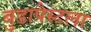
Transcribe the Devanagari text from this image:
बुडापेस्टला